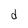
Character: d